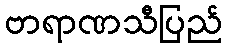
ဗာရာဏသီပြည်